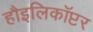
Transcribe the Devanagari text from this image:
हौइलिकॉप्टर